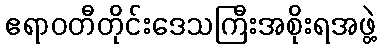
ဧရာဝတီတိုင်းဒေသကြီးအစိုးရအဖွဲ့